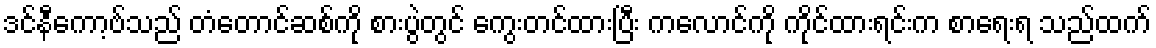
ဒင်နီကော့ဗ်သည် တံတောင်ဆစ်ကို စားပွဲတွင် ကွေးတင်ထားပြီး ကလောင်ကို ကိုင်ထားရင်းက စာရေးရ သည်ထက်